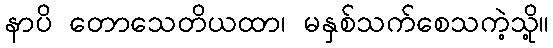
နာပိ တောသေတိယထာ၊ မနှစ်သက်စေသကဲ့သို့။